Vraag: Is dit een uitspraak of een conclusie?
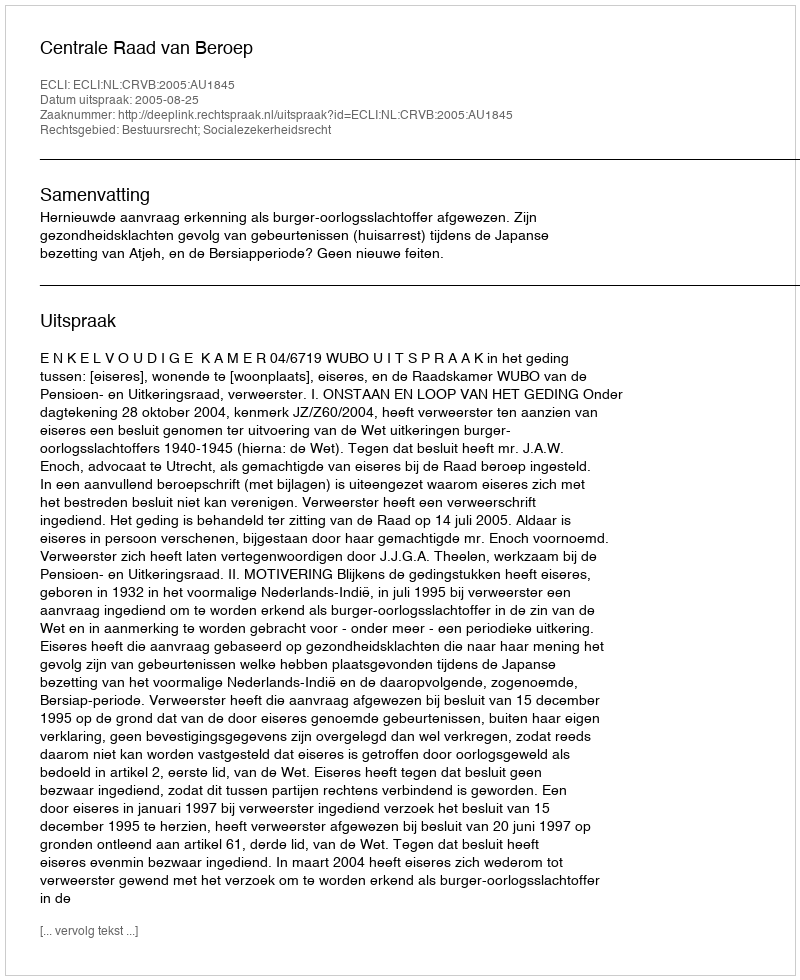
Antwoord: Uitspraak